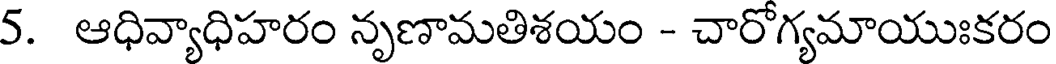
5. ఆధివ్యాధిహరం నృణామతిశయం - చారోగ్యమాయుఃకరం